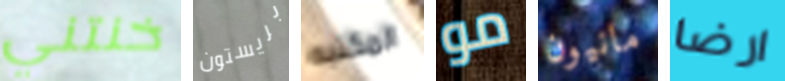
خنتني بريستون المكتبه مو مانيون ارضا